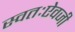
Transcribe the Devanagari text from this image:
स्वतःऐवजी